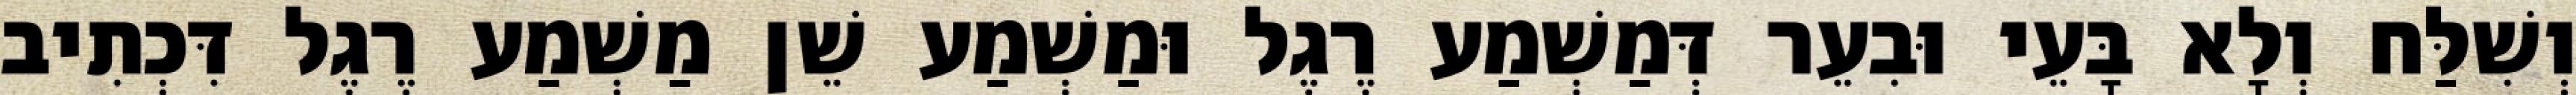
וְשִׁלַּח וְלָא בָּעֵי וּבִעֵר דְּמַשְׁמַע רֶגֶל וּמַשְׁמַע שֵׁן מַשְׁמַע רֶגֶל דִּכְתִיב